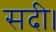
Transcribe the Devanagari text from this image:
सदी।